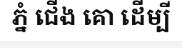
ភ្នំ ជើង គោ ដើម្បី